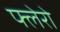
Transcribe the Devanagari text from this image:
फ्लेरो